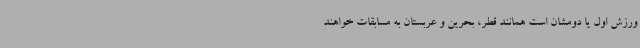
ورزش اول یا دومشان است همانند قطر، بحرین و عربستان به مسابقات خواهند